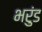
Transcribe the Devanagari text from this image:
भरुंड